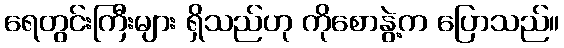
ရေတွင်းကြီးများ ရှိသည်ဟု ကိုစောနွဲ့က ပြောသည်။